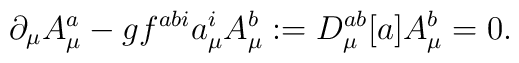
\partial_\mu A_\mu^a - g f^{abi} a_\mu^i A_\mu^b := D_\mu^{ab}[a]A_\mu^b = 0 .